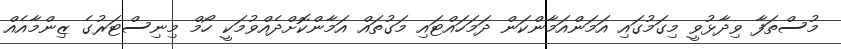
މުސްތަފާ ވިދާޅުވީ މިގަމުގައި އަމަންއަމާންކަން ދަމަހައްޓައި މަގުތައް އަމާންކޮށްދެއްވުމަކީ ހޯމް މިނިސްޓަރުގެ ޒިންމާއެއް